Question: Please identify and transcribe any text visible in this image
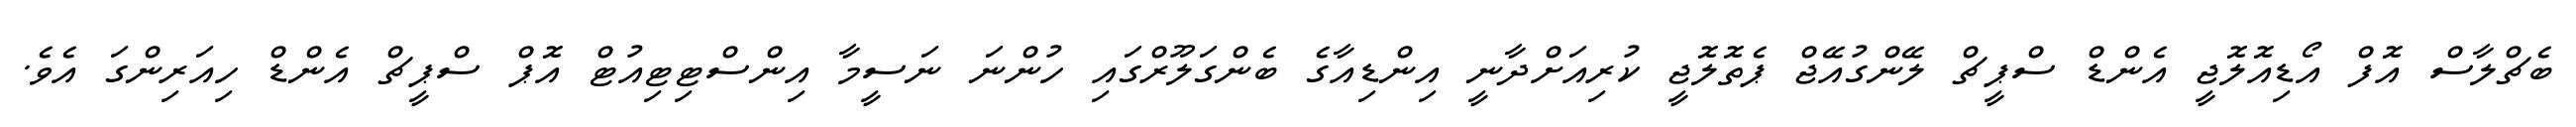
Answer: ބެޗްލާސް އޮފް އޯޑިއޮލޮޖީ އެންޑް ސްޕީޗް ލޭންގުއޭޖް ޕެތޮލޮޖީ ކުރިއަށްދާނީ އިންޑިއާގެ ބެންގަލޫރްގައި ހުންނަ ނަސީމާ އިންސްޓިޓިއުޓް އޮޕް ސްޕީޗް އެންޑް ހިއަރިންގަ އެވެ.